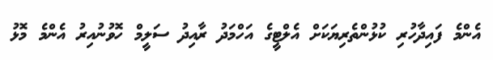
އެންމެ ފައިދާހުރި ކުޅުންތެރިޔަކަށް އެލްޓީގެ އަހްމަދު ރާއިދު ސަލީމް ހޮވުނުއިރު އެންމެ މޮޅު